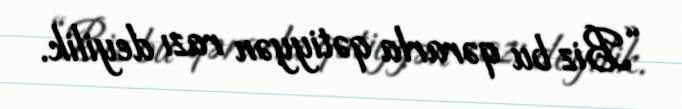
“Biz bu qərarla qətiyyən razı deyilik.